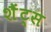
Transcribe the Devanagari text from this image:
शैंट्स